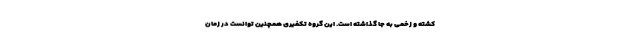
کشته و زخمی به جا گذاشته است. این گروه تکفیری همچنین توانست در زمان